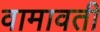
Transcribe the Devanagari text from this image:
वामावती